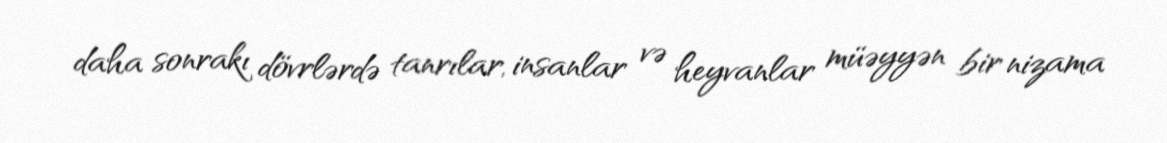
daha sonrakı dövrlərdə tanrılar, insanlar və heyvanlar müəyyən bir nizama